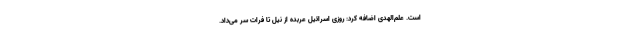
است. علم‌الهدی اضافه کرد: روزی اسرائیل عربده از نیل تا فرات سر می‌داد.